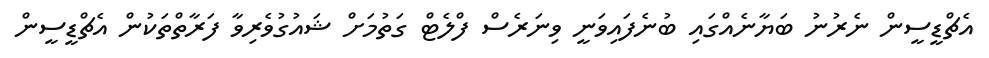
އެޗްޑީސީން ނެރުނު ބަޔާނެއްގައި ބުނެފައިވަނީ ވިނަރެސް ފްލެޓް ގަތުމަށް ޝައުގުވެރިވާ ފަރާތްތަކުން އެޗްޑީސީން